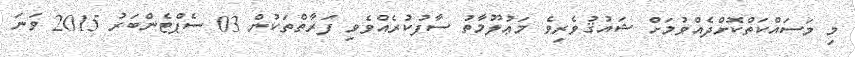
މި މަސައްކަތްކޮށްދެއްވުމަށް ޝައުޤުވެރިވެ މަޢުލޫމާތު ސާފުކުރެއްވެވި ފަރާތްތަކުން 03 ސެޕްޓެންބަރު 2015 ވަނަ